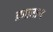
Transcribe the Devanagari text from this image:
क़ाज़ान